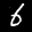
Label: 6